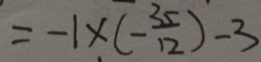
= - 1 \times ( - \frac { 3 5 } { 1 2 } ) - 3